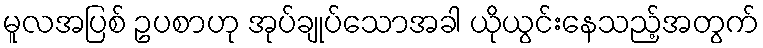
မူလအပြစ် ဥပစာဟု အုပ်ချုပ်သောအခါ ယိုယွင်းနေသည့်အတွက်